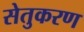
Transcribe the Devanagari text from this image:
सेतुकरण